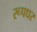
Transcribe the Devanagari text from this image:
रूपधर